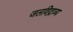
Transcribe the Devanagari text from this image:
जलविद्राव्य